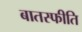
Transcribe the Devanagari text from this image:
बातस्फीति